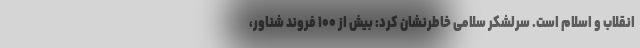
انقلاب و اسلام است. سرلشکر سلامی خاطرنشان کرد: بیش از ۱۰۰ فروند شناور،